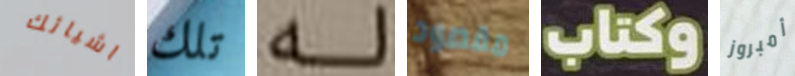
اشيائك تلك له مقصود وكتاب أمبروز